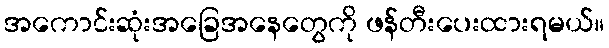
အကောင်းဆုံးအခြေအနေတွေကို ဖန်တီးပေးထားရမယ်။